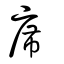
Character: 席